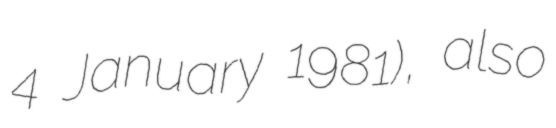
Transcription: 4 January 1981), also